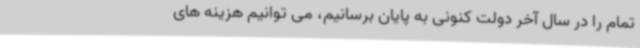
تمام را در سال آخر دولت کنونی به پایان برسانیم، می توانیم هزینه های